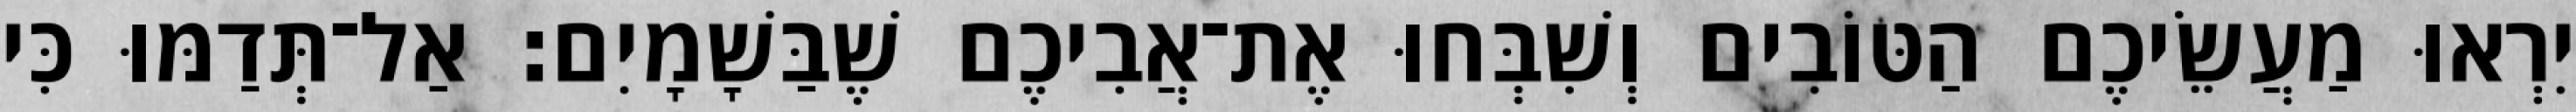
יִרְאוּ מַעֲשֵׂיכֶם הַטּוֹבִים וְשִׁבְּחוּ אֶת־אֲבִיכֶם שֶׁבַּשָׁמָיִם׃ אַל־תְּדַמּוּ כִּי